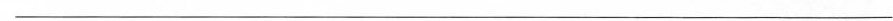
___